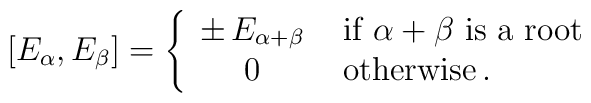
[E_\alpha,E_\beta]=\left\{\begin{array}{cl}\pm \, E_{\alpha+\beta}&\mbox{ if $\alpha+\beta$ is a root} \\0& \mbox{ otherwise}\, .\end{array}\right.